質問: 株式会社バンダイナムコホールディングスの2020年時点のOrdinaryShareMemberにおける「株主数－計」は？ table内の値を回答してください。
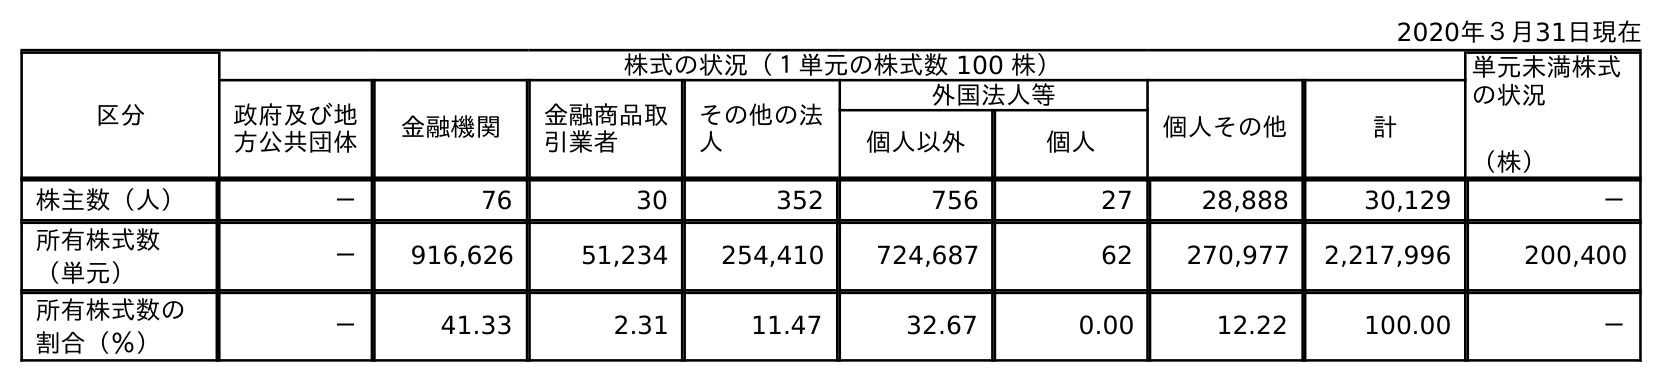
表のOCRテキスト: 2020年３月31日現在 区分 株式の状況（１単元の株式数 100 株） 単元未満株式 の状況 （株） 政府及び地 方公共団体 金融機関 金融商品取 引業者 その他の法 人 外国法人等 個人その他 計 個人以外 個人 株主数（人） － 76 30 352 756 27 28,888 30,129 － 所有株式数 （単元） － 916,626 51,234 254,410 724,687 62 270,977 2,217,996 200,400 所有株式数の 割合（％） － 41.33 2.31 11.47 32.67 0.00 12.22 100.00 －
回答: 30,129